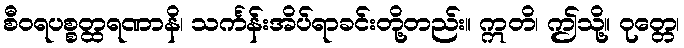
စီဝရပစ္စတ္ထရဏာနိ၊ သင်္ကန်းအိပ်ရာခင်းတို့တည်း။ ဣတိ၊ ဤသို့။ ဝုတ္တေ၊